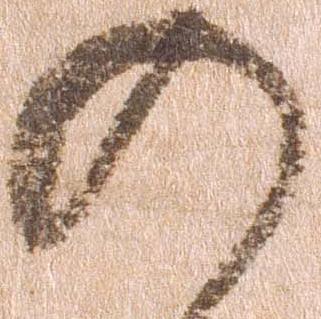
の